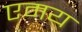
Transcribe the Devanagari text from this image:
एमय